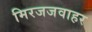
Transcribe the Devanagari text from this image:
मिरजजवाहर